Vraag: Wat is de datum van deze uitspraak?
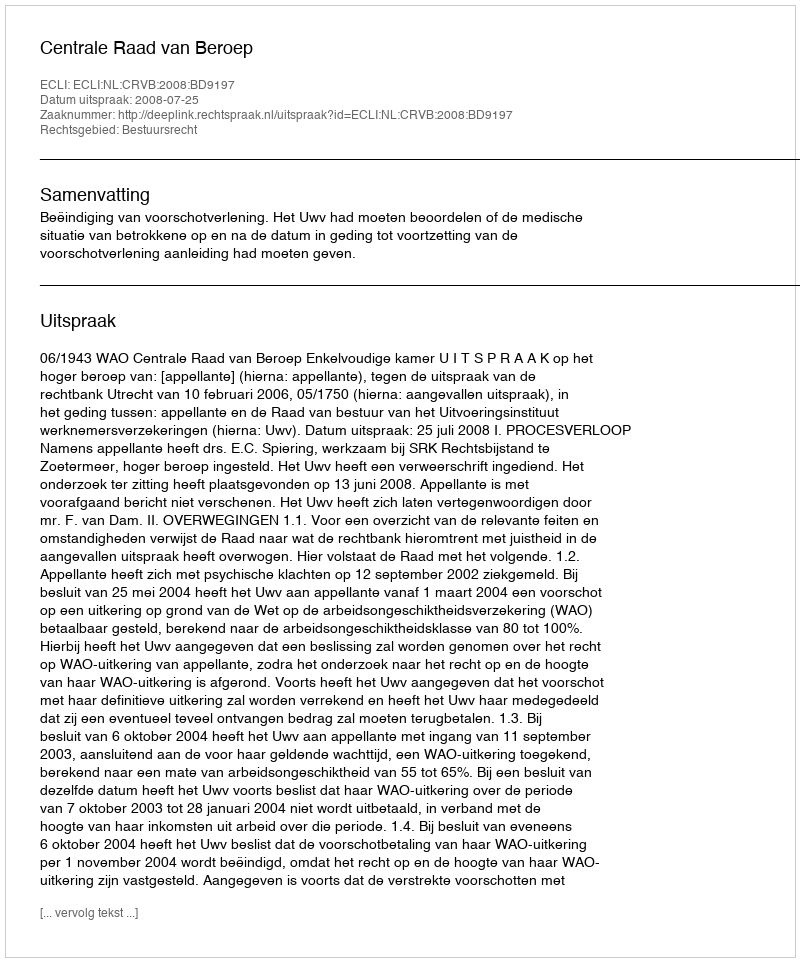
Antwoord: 2008-07-25